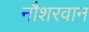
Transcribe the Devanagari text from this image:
नौशरवान